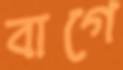
বাগে